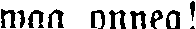
maa onnea!